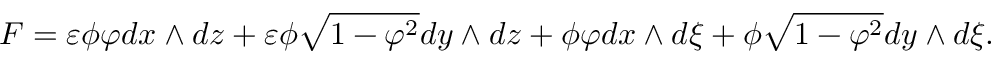
F = \varepsilon \phi \varphi d x \wedge d z + \varepsilon \phi \sqrt { 1 - \varphi ^ { 2 } } d y \wedge d z + \phi \varphi d x \wedge d \xi + \phi \sqrt { 1 - \varphi ^ { 2 } } d y \wedge d \xi .